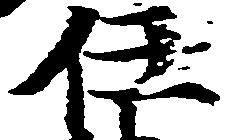
任